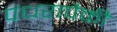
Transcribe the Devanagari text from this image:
पंधरापैकी